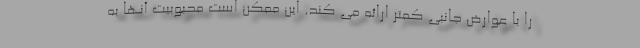
را با عوارض جانبی کمتر ارائه می کند. این ممکن است محبوبیت آنها به